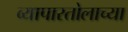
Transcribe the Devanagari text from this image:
व्यापारतोलाच्या